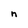
Character: n